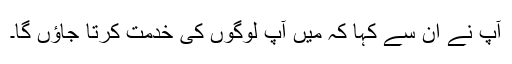
آپ نے ان سے کہا کہ میں آپ لوگوں کی خدمت کرتا جاؤں گا۔